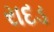
રાદડ